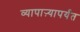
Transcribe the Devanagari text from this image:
व्यापाऱ्यापर्यंत